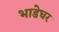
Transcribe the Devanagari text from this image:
भाडेघर